Document type: Sale
Year: 1499
Scribe: Joan Martínez de Sòria
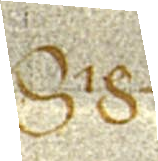
Sig